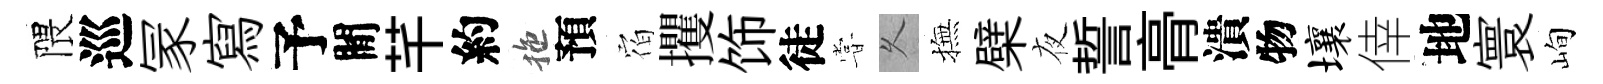
隈巡冡寫予閒芊約拖預𪧐攫饰徒甞乆撫檗夜誓𮌔潰物壤倖地寰峋